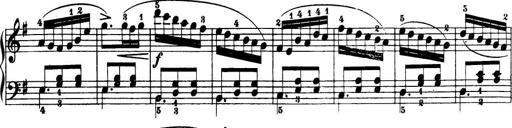
Title: 32 Sonatinas and Rondos for the Piano
Composer: Richard Kleinmichel